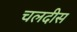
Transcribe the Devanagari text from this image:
चलदीस